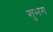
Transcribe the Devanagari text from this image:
शुभगे